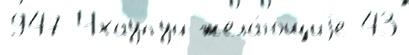
947 Чхаупуй жела́ющиjе 43